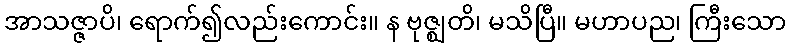
အာသဇ္ဇာပိ၊ ရောက်၍လည်းကောင်း။ န ဗုဇ္ဈတိ၊ မသိပြီ။ မဟာပည၊ ကြီးသော